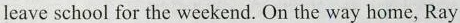
leave school for the weekend. On the way home, Ray